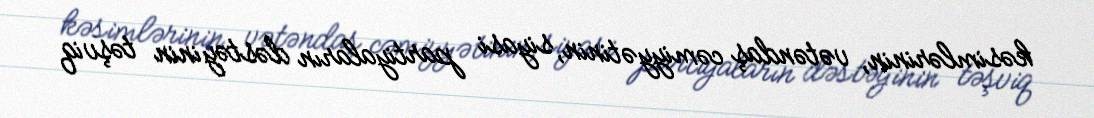
kəsimlərinin, vətəndaş cəmiyyətinin, siyasi partiyaların dəstəyinin təşviq